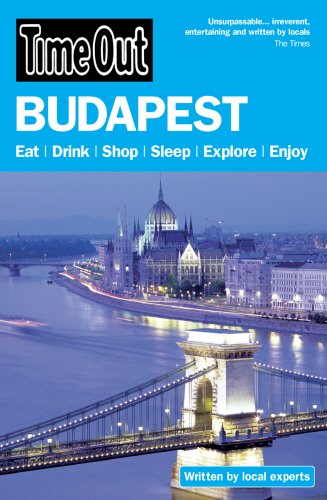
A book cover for Time Out Budapest (Time Out Guides); Travel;